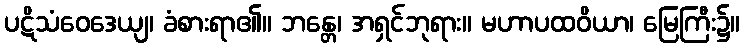
ပဋိသံဝေဒေယျ၊ ခံစားရာ၏။ ဘန္တေ၊ အရှင်ဘုရား။ မဟာပထဝိယာ၊ မြေကြီး၌။